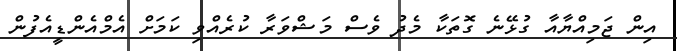
އިން ޖަމިއްޔާއާ ގުޅޭނެ ގޮތަކާ މެދު ވެސް މަޝްވަރާ ކުރެއްވި ކަމަށް އެމްއެންޑީއެފުން